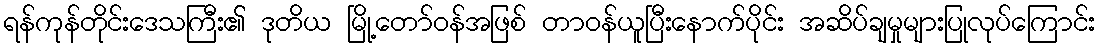
ရန်ကုန်တိုင်းဒေသကြီး၏ ဒုတိယ မြို့တော်ဝန်အဖြစ် တာဝန်ယူပြီးနောက်ပိုင်း အဆိပ်ချမှုများပြုလုပ်ကြောင်း